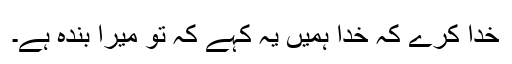
خدا کرے کہ خدا ہمیں یہ کہے کہ تو میرا بندہ ہے۔